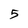
Character: 5